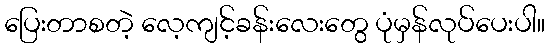
ပြေးတာစတဲ့ လေ့ကျင့်ခန်းလေးတွေ ပုံမှန်လုပ်ပေးပါ။